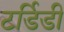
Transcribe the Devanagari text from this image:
टर्डिडी